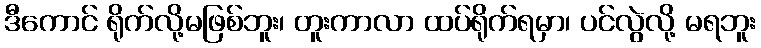
ဒီကောင် ရိုက်လို့မဖြစ်ဘူး၊ တူးကာလာ ထပ်ရိုက်ရမှာ၊ ပင်လွဲလို့ မရဘူး